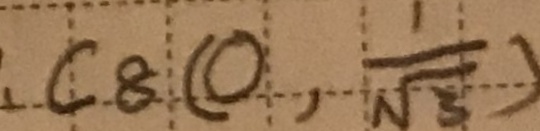
、 C _ { 8 } ( 0 , \frac { 1 } { \sqrt { 3 } } )